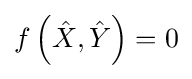
f\left({\hat {X}},{\hat {Y}}\right)=0